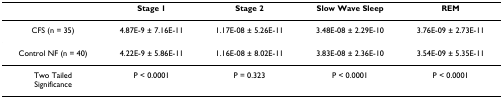
<table><thead><tr><td></td><td><b>Stage 1</b></td><td><b>Stage 2</b></td><td><b>Slow Wave Sleep</b></td><td><b>REM</b></td></tr></thead><tbody><tr><td>CFS (n = 35)</td><td>4.87E-9 ± 7.16E-11</td><td>1.17E-08 ± 5.26E-11</td><td>3.48E-08 ± 2.29E-10</td><td>3.76E-09 ± 2.73E-11</td></tr><tr><td>Control NF (n = 40)</td><td>4.22E-9 ± 5.86E-11</td><td>1.16E-08 ± 8.02E-11</td><td>3.83E-08 ± 2.36E-10</td><td>3.54E-09 ± 5.35E-11</td></tr><tr><td>Two TailedSignificance</td><td>P &lt; 0.0001</td><td>P = 0.323</td><td>P &lt; 0.0001</td><td>P &lt; 0.0001</td></tr></tbody></table>